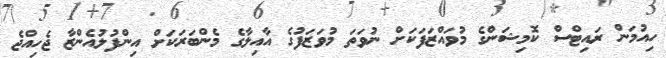
ހިއުމަން ރައިޓްސް ކޮމިޝަންގެ މުވައްޒަފަކަށް ނުވަތަ މުވަޒަފުގެ އާއިލާގެ މެންބަރަކަށް އިންފުލުއެންޒާ ޖެހިއްޖެ